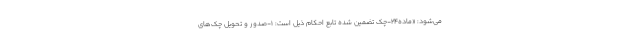
می‌شود: «ماده۲۴-چک تضمین شده تابع احکام ذیل است: ۱-صدور و تحویل چک‌های